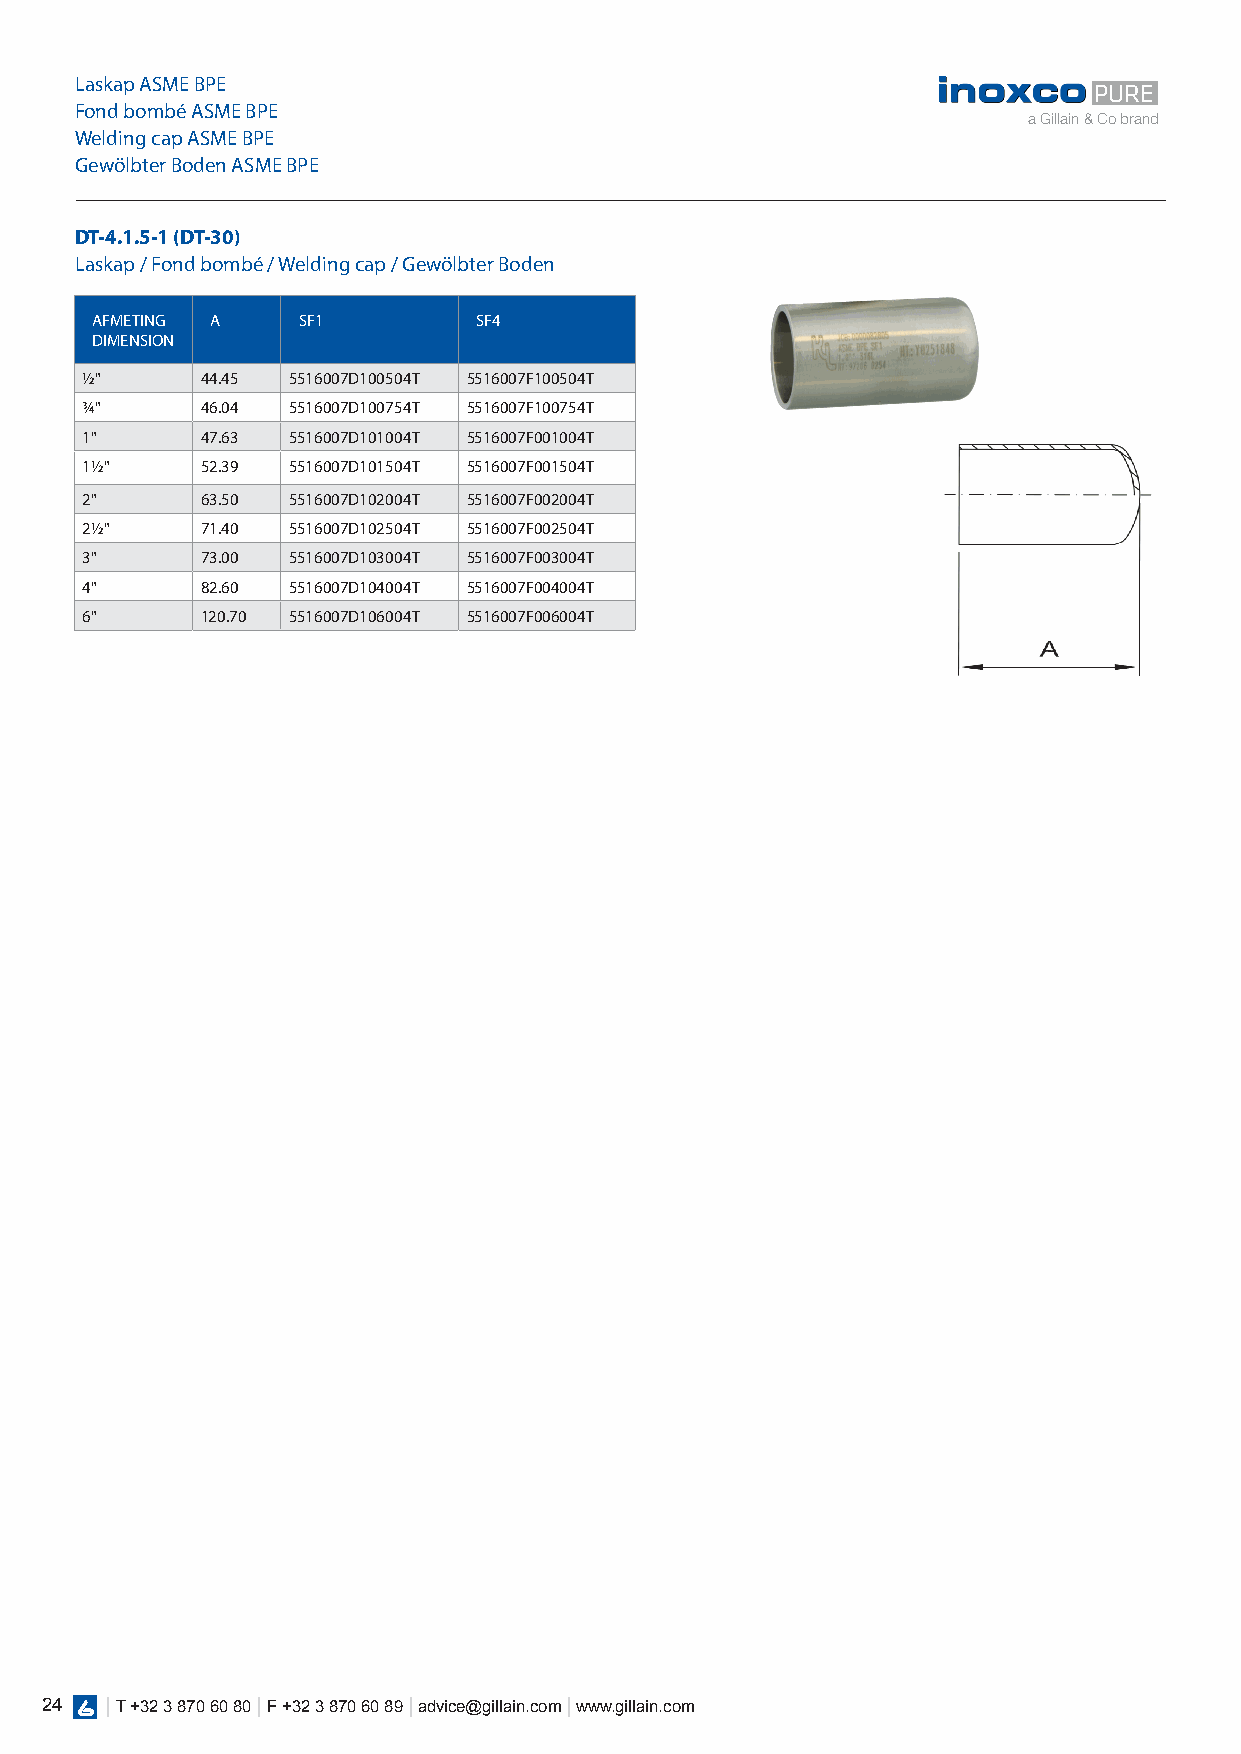
Laskap ASME BPE
 PURE
 Fond bombé ASME BPE
 a Gillain & Co brand
 Welding cap ASME BPE
 Gewölbter Boden ASME BPE
 DT-4.1.5-1 (DT-30)
 Laskap / Fond bombé / Welding cap / Gewölbter Boden
 AFMETING A    SF1        SF4
 DIMENSION
 1/2"    44.45 5516007D100504T 5516007F100504T
 3/4"    46.04 5516007D100754T 5516007F100754T
 1"      47.63 5516007D101004T 5516007F001004T
 11/2"   52.39 5516007D101504T 5516007F001504T
 2"      63.50 5516007D102004T 5516007F002004T
 21/2"   71.40 5516007D102504T 5516007F002504T
 3"      73.00 5516007D103004T 5516007F003004T
 4"      82.60 5516007D104004T 5516007F004004T
 6"      120.70 5516007D106004T 5516007F006004T
 24  | T +32 3 870 60 80 | F +32 3 870 60 89 | advice@gillain.com | www.gillain.com